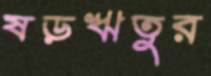
ষড়ঋতুর